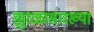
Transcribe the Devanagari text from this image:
झुरळासारख्या